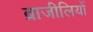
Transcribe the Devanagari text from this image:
ब्राजीलियों